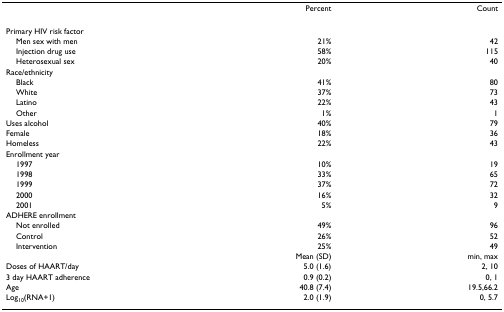
<table><thead><tr><td></td><td><b>Percent</b></td><td><b>Count</b></td></tr></thead><tbody><tr><td>Primary HIV risk factor</td><td></td><td></td></tr><tr><td> Men sex with men</td><td>21%</td><td>42</td></tr><tr><td> Injection drug use</td><td>58%</td><td>115</td></tr><tr><td> Heterosexual sex</td><td>20%</td><td>40</td></tr><tr><td>Race/ethnicity</td><td></td><td></td></tr><tr><td> Black</td><td>41%</td><td>80</td></tr><tr><td> White</td><td>37%</td><td>73</td></tr><tr><td> Latino</td><td>22%</td><td>43</td></tr><tr><td> Other</td><td>1%</td><td>1</td></tr><tr><td>Uses alcohol</td><td>40%</td><td>79</td></tr><tr><td>Female</td><td>18%</td><td>36</td></tr><tr><td>Homeless</td><td>22%</td><td>43</td></tr><tr><td>Enrollment year</td><td></td><td></td></tr><tr><td> 1997</td><td>10%</td><td>19</td></tr><tr><td> 1998</td><td>33%</td><td>65</td></tr><tr><td> 1999</td><td>37%</td><td>72</td></tr><tr><td> 2000</td><td>16%</td><td>32</td></tr><tr><td> 2001</td><td>5%</td><td>9</td></tr><tr><td>ADHERE enrollment</td><td></td><td></td></tr><tr><td> Not enrolled</td><td>49%</td><td>96</td></tr><tr><td> Control</td><td>26%</td><td>52</td></tr><tr><td> Intervention</td><td>25%</td><td>49</td></tr><tr><td></td><td>Mean (SD)</td><td>min, max</td></tr><tr><td>Doses of HAART/day</td><td>5.0 (1.6)</td><td>2, 10</td></tr><tr><td>3 day HAART adherence</td><td>0.9 (0.2)</td><td>0, 1</td></tr><tr><td>Age</td><td>40.8 (7.4)</td><td>19.5,66.2</td></tr><tr><td>Log<sub>10</sub>(RNA+1)</td><td>2.0 (1.9)</td><td>0, 5.7</td></tr></tbody></table>